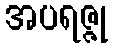
အပရဇ္ဇု